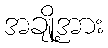
အချို့အား